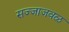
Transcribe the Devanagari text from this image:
सज्जाजवळ